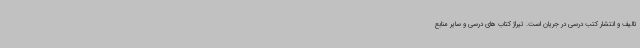
تالیف و انتشار کتب درسی در جریان است. تیراژ کتاب های درسی و سایر منابع